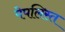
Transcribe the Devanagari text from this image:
पेपलिस्त